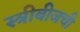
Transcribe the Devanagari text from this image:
स्त्रीबीजची